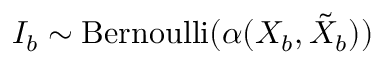
I _ { b } \sim \mathrm { B e r n o u l l i } ( \alpha ( X _ { b } , \tilde { X } _ { b } ) )